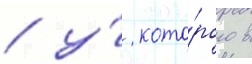
/ у́ кото́рого в